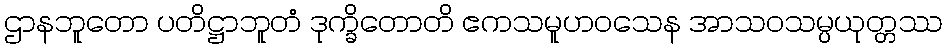
ဌာနဘူတော ပတိဋ္ဌာဘူတံ ဒုက္ခိတောတိ ဧကသမူဟဝသေန အာသဝသမ္ပယုတ္တဿ